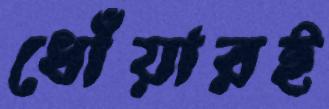
ধোঁয়ারই